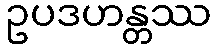
ဥပဒဟန္တဿ